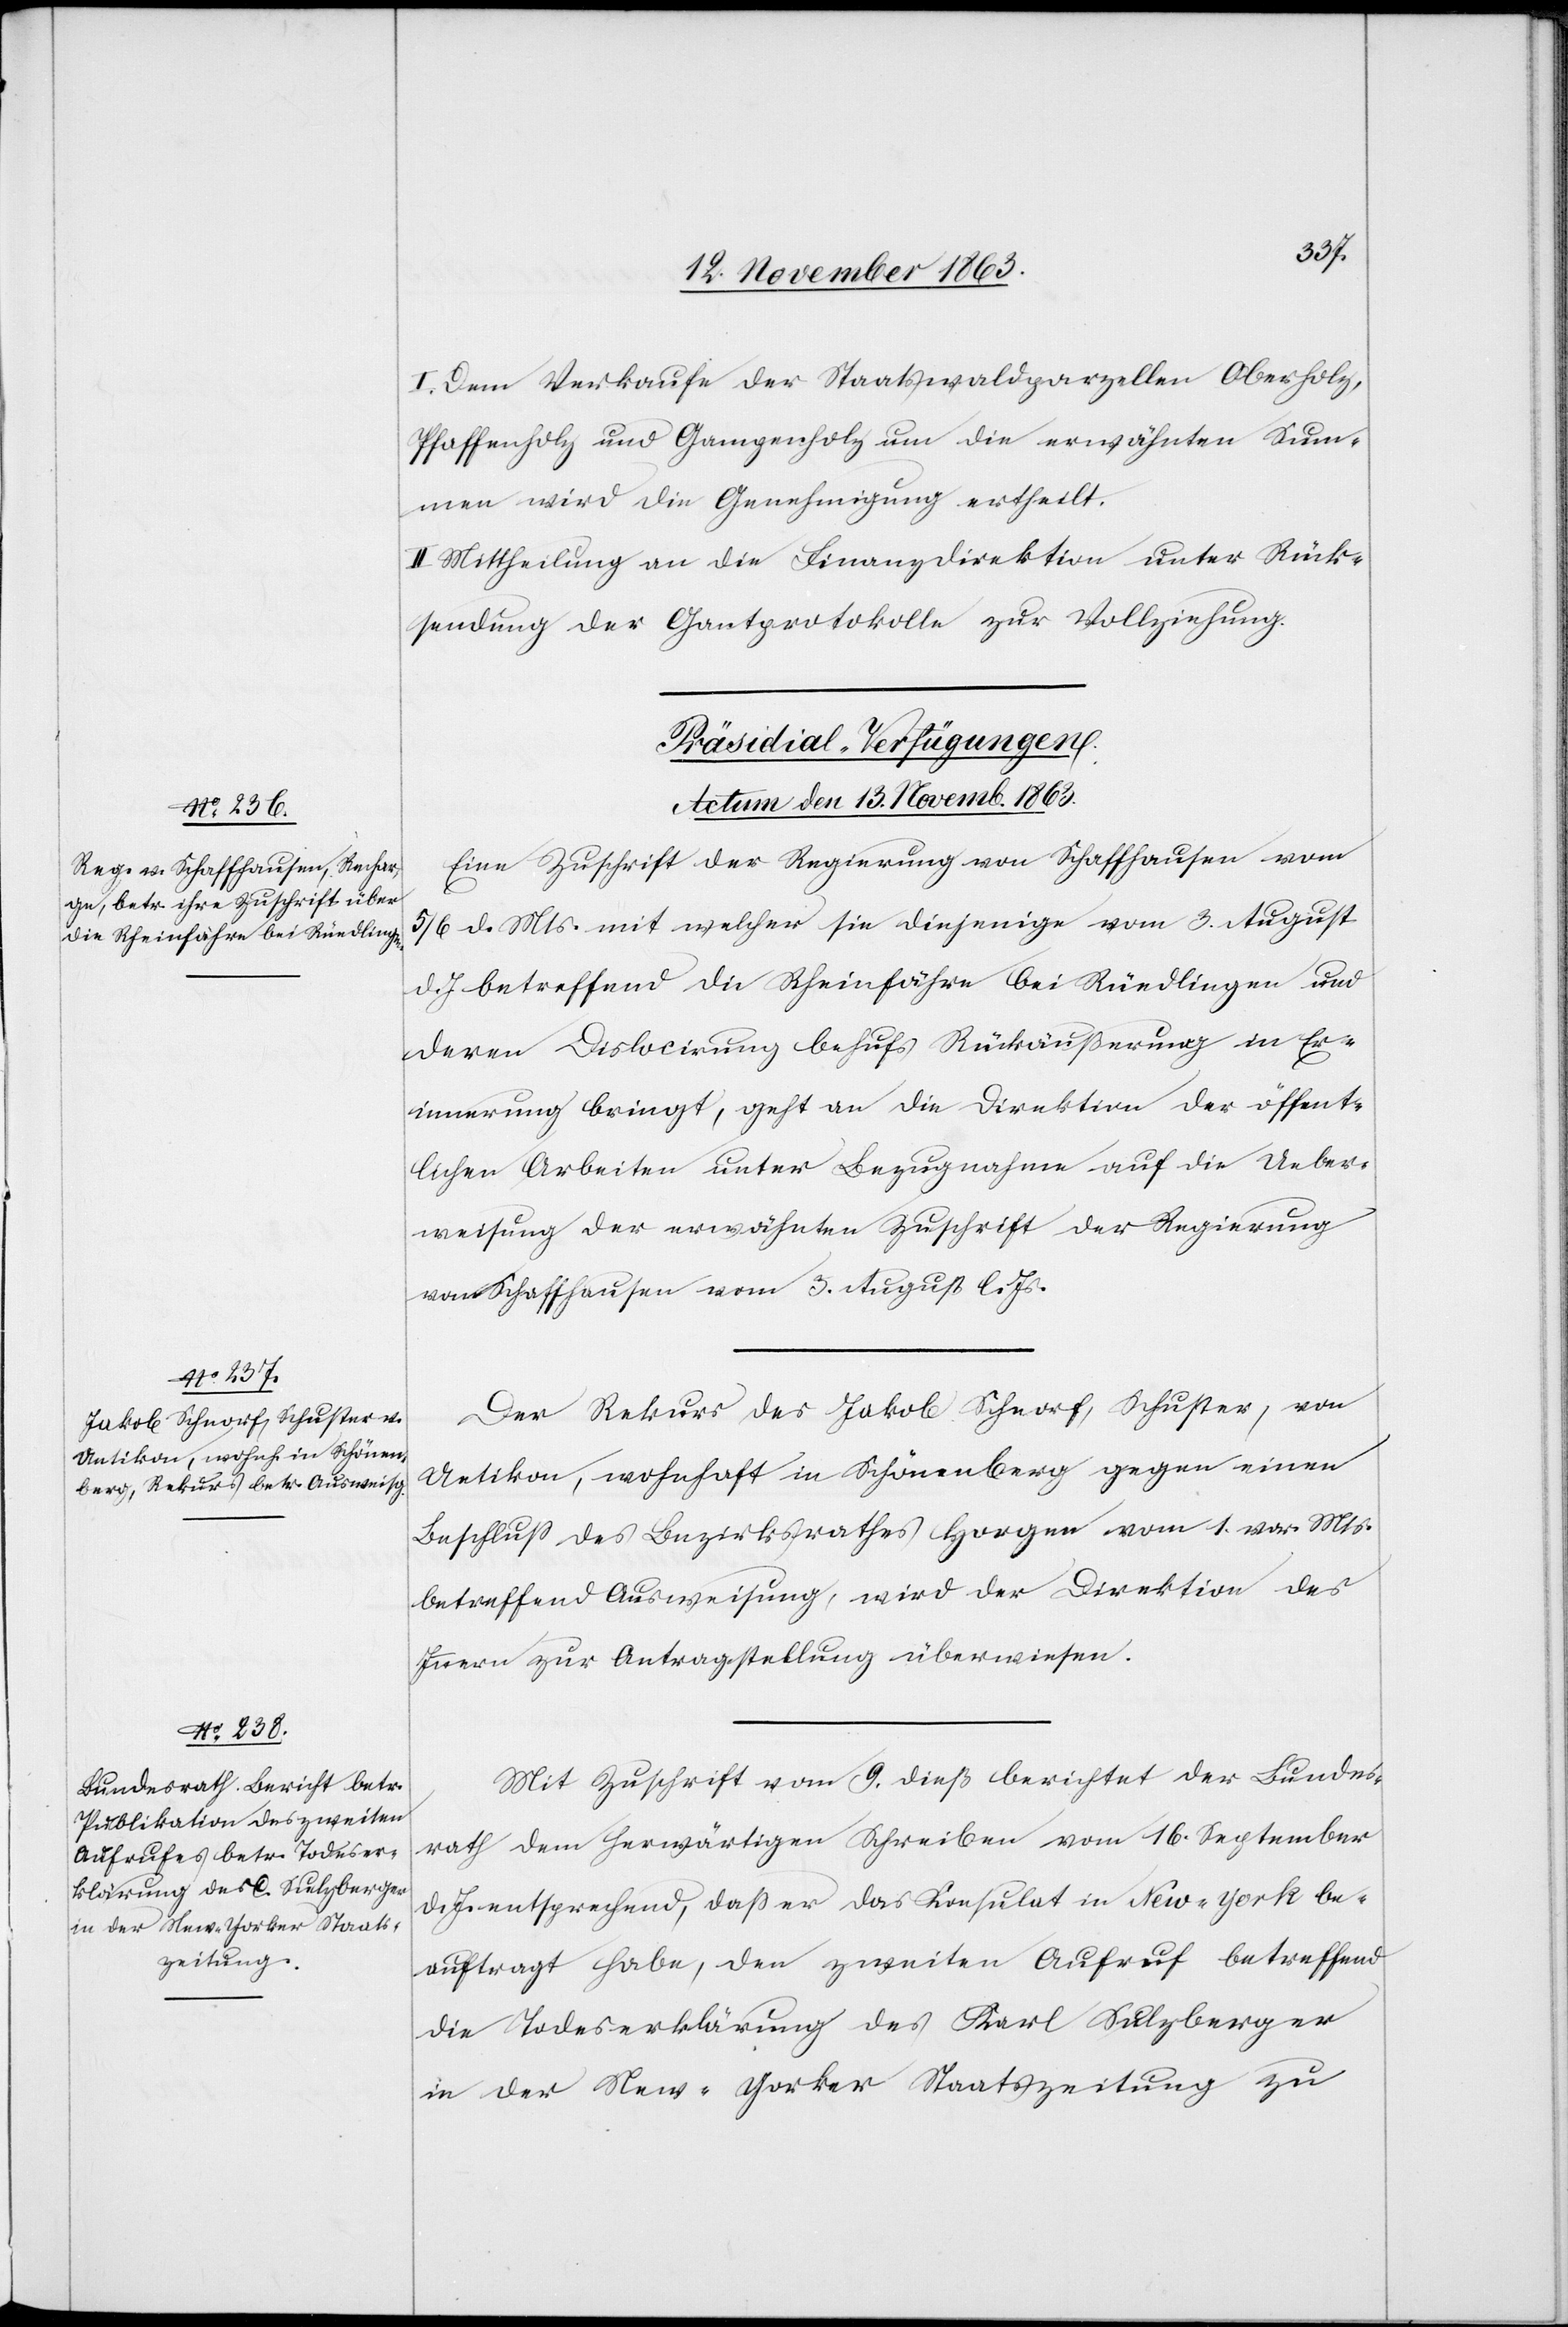
I. Dem Verkaufe der Staatswaldparzellen Oberholz,
Pfaffenholz und Gampenholz um die erwähnten Sum¬
men wird die Genehmigung ertheilt.
II. Mittheilung an die Finanzdirektion unter Rück¬
sendung der Gantprotokolle zur Vollziehung.
[Präsidial-Verfügungen.
Actum den 13. Novemb. 1863.]
Eine Zuschrift der Regierung von Schaffhausen vom
5/6 d. Mts. mit welcher sie diejenige vom 3. August
d. J betreffend die Rheinfähre bei Rüedlingen und
deren Dislocirung behufs Rückäußerung in Er¬
innerung bringt, geht an die Direktion der öffent¬
lichen Arbeiten unter Bezugnahme auf die Ueber¬
weisung der erwähnten Zuschrift der Regierung
von Schaffhausen vom 3. August l. Js.
Der Rekurs des Jakob Schnorf, Schuster, von
Uetikon, wohnhaft in Schönenberg gegen einen
Beschluss des Bezirksrathes Horgen vom 1. vor. Mts.
betreffend Ausweisung, wird der Direktion des
Innern zur Antragstellung überwiesen.
Mit Zuschrift vom 9. dieß berichtet der Bundes¬
rath dem herwärtigen Schreiben vom 16. September
d. J. entsprechend, dass er das Konsulat in New-York be¬
auftragt habe, den zweiten Aufruf betreffend
die Todeserklärung des Karl Sulzberger
in der New-Yorker Staatszeitung zu